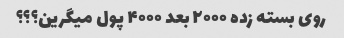
روی بسته زده ۲۰۰۰ بعد ۴۰۰۰ پول میگرین؟؟؟